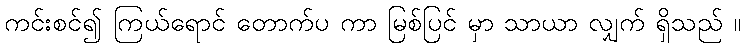
ကင်းစင်၍ ကြယ်ရောင် တောက်ပ ကာ မြစ်ပြင် မှာ သာယာ လျှက် ရှိသည် ။